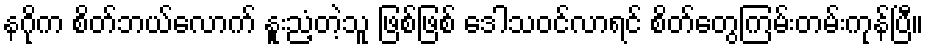
နဂိုက စိတ်ဘယ်လောက် နူးညံ့တဲ့သူ ဖြစ်ဖြစ် ဒေါသဝင်လာရင် စိတ်တွေကြမ်းတမ်းကုန်ပြီ။